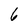
Character: 6